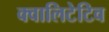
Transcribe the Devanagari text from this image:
क्वालिटेटिव